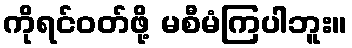
ကိုရင်ဝတ်ဖို့ မစီမံကြပါဘူး။